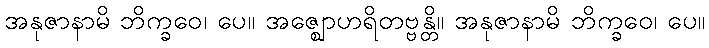
အနုဇာနာမိ ဘိက္ခဝေ၊ ပေ။ အဇ္ဈောဟရိတဗ္ဗန္တိ။ အနုဇာနာမိ ဘိက္ခဝေ၊ ပေ။